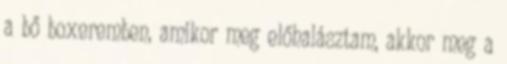
a bő boxeremben, amikor meg előhalásztam, akkor meg a